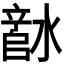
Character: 𬉅